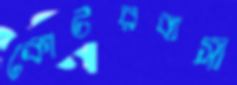
কোটরবাসী